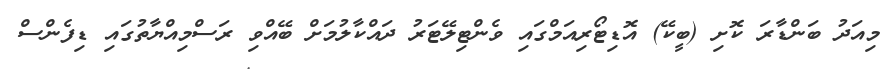
މިއަދު ބަންޑާރަ ކޮށި (ބީކޭ) އޮޑިޓޯރިއަމްގައި ވެންޓިލޭޓަރު ދައްކާލުމަށް ބޭއްވި ރަސްމިއްޔާތުގައި ޑިފެންސް